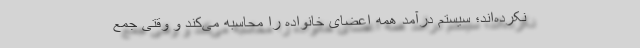
نکرده‌اند؛ سیستم درآمد همه اعضای خانواده را محاسبه می‌کند و وقتی جمع